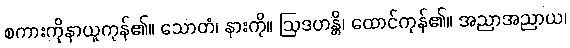
စကားကိုနာယူကုန်၏။ သောတံ၊ နားကို။ ဩဒဟန္တိ၊ ထောင်ကုန်၏။ အညာအညာယ၊